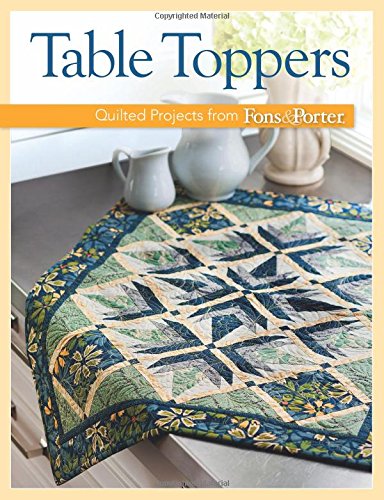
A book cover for Table Toppers; That Patchwork Place; Cookbooks, Food & Wine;